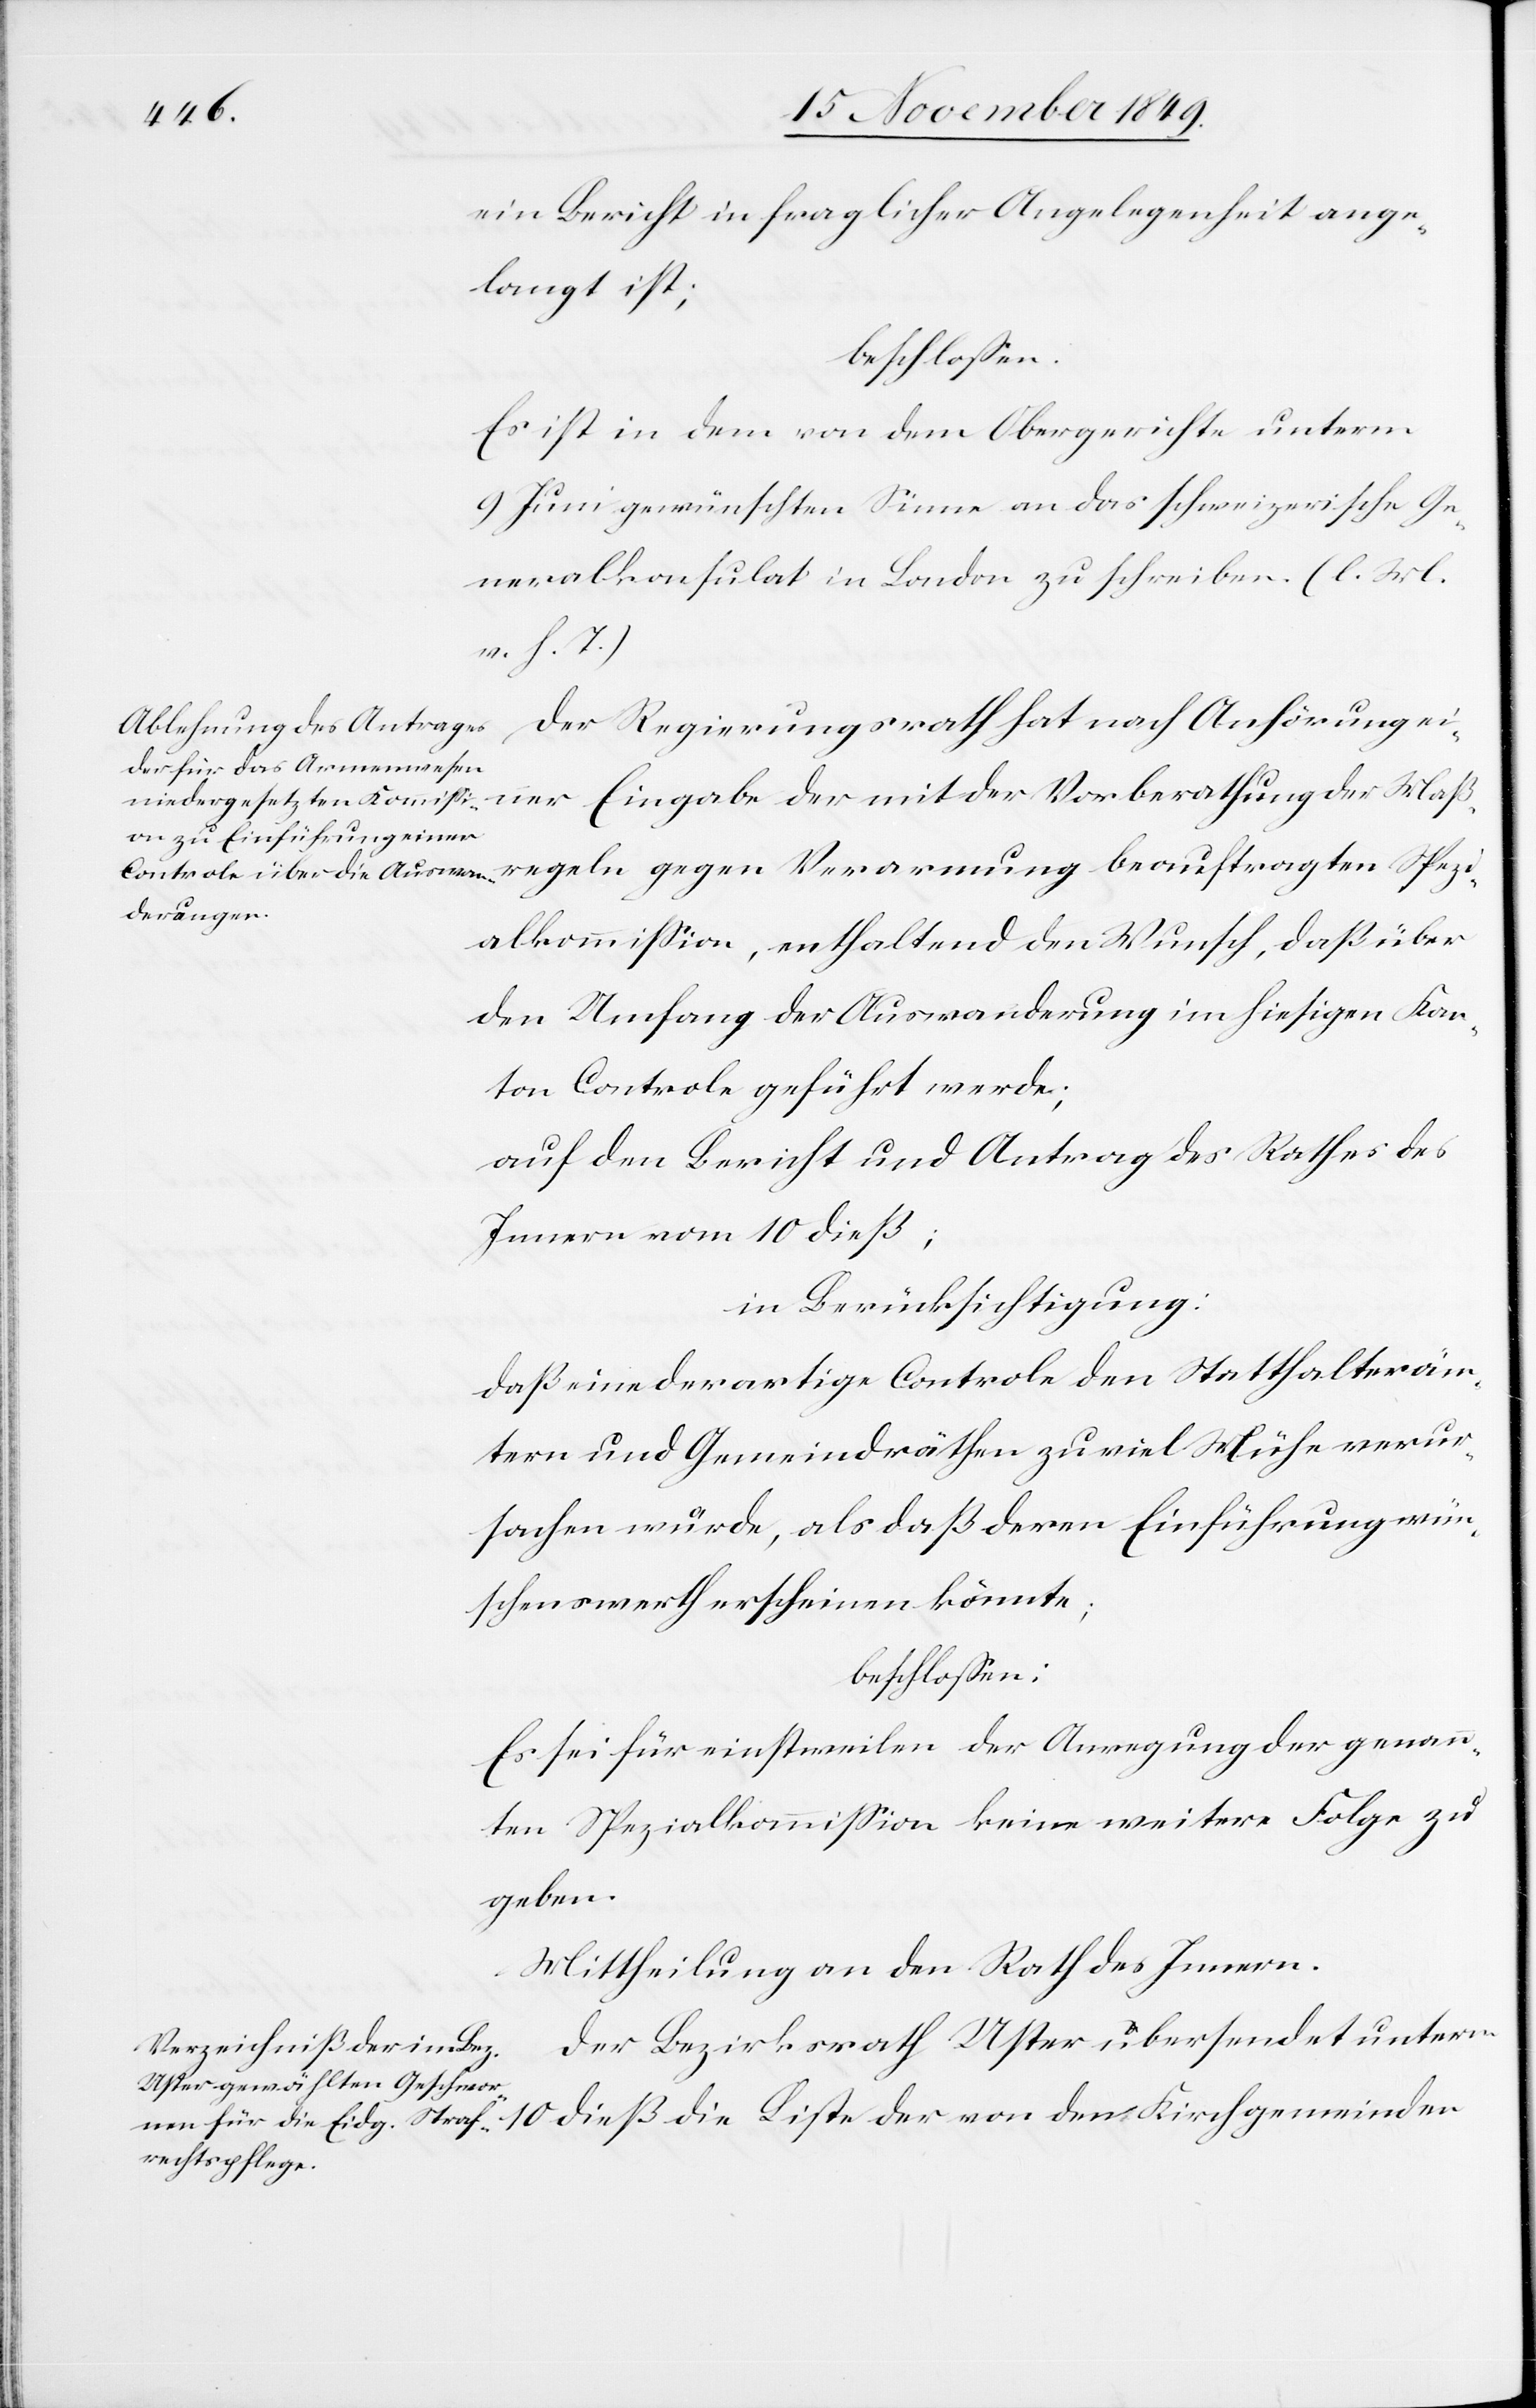
ein Bericht in fraglicher Angelegenheit ange¬
langt ist;
beschloßen:
Es ist in dem von dem Obergerichte unterm
9 Juni gewünschten Sinne an das schweizerische Ge¬
neralkonsulat in London zu schreiben. [l. M.
v. h. T]
Der Regierungsrath hat nach Anhörung ei¬
ner Eingabe der mit der Vorberathung der Maß¬
regeln gegen Verarmung beauftragten Spezi¬
alkommißion, enthaltend den Wunsch, daß über
den Umfang der Auswanderung im hiesigen Kan¬
ton Controle geführt werde;
auf den Bericht und Antrag des Rathes des
Innern vom 10 dieß;
in Berücksichtigung:
daß eine derartige Controle den Statthalteräm¬
tern und Gemeindräthen zu viel Mühe verur¬
sachen würde, als daß deren Einführung wün¬
schenswerth erscheinen könnte;
beschloßen:
Es sei einstweilen der Anregung genann¬
ten Spezialkommißion keine weitere Folge zu
geben.
Mittheilung an den Rath des Innern.
Der Bezirksrath Uster übersendet unterm